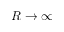
R \rightarrow \infty